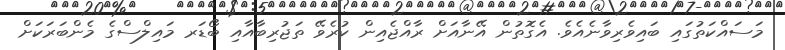
މަސައްކަތުގައި ބައިވެރިވާނެއެވެ. އެގޮތުން އޭނާއަށް ރާއްޖެއިން ކުރެވޭ ތަޖުރިބާއާއި ބޯޑަރ މައިލްސްގެ މެންބަރަކަށް